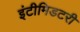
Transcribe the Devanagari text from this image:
इंटीमिडटरी